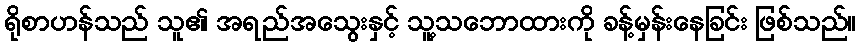
ရိုစာဟန်သည် သူ၏ အရည်အသွေးနှင့် သူ့သဘောထားကို ခန့်မှန်းနေခြင်း ဖြစ်သည်။